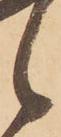
候